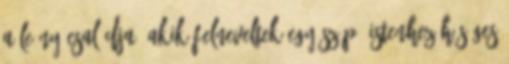
a leány családja, akik felneveltek egy szép, Istenhez hűséges